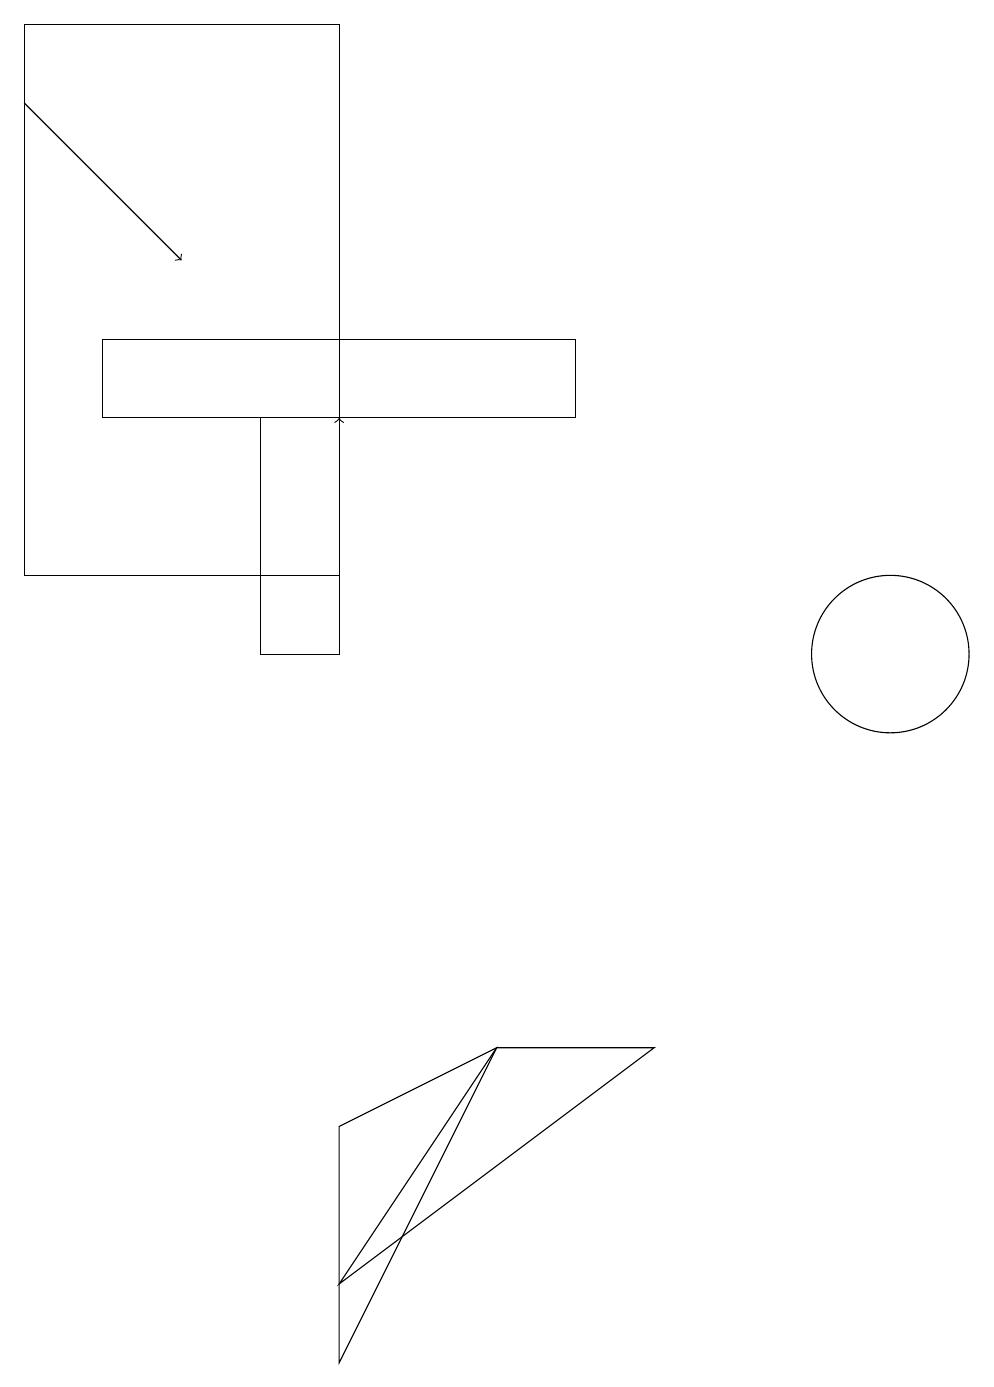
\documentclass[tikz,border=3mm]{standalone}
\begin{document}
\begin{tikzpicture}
\draw (7,13) rectangle (1,14);
\draw (0,18) rectangle (4,11);
\draw (11,10) circle (1);
\draw (3,13) rectangle (4,10);
\draw[->] (0,17) -- (2,15);
\draw[->] (4,12) -- (4,13);
\draw (4,2) -- (8,5) -- (6,5) -- cycle;
\draw (6,5) -- (4,4) -- (4,1) -- cycle;
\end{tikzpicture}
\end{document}